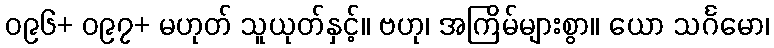
၀၉၆+ ၀၉၇+ မဟုတ် သူယုတ်နှင့်။ ဗဟု၊ အကြိမ်များစွာ။ ယော သင်္ဂမော၊